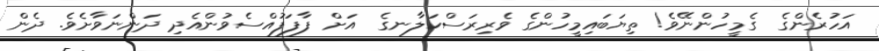
އަހުރެންގެ  ގެމީހުންނޭވެ! ތިޔަބައިމީހުންގެ ވެރިރަސްކަލާނގެ  އަށް ފާފަފުއްސެވުންއެދި ދަންނަވާށެވެ. ދެން